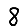
Digit: 8